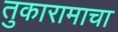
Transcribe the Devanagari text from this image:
तुकारामाचा